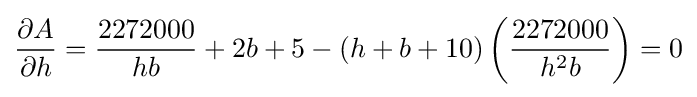
{\frac {\partial A}{\partial h}}={\frac {2272000}{hb}}+2b+5-(h+b+10)\left({\frac {2272000}{h^{2}b}}\right)=0